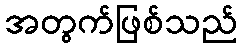
အတွက်ဖြစ်သည်